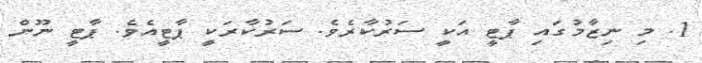
1. މި ނިޒާމުގައި ޕާޓީ އަކީ ސަރުކާރެވެ. ސަރުކާރަކީ ޕާޓީއެވެ. ޕާޓީ ނޫން